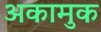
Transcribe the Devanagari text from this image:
अकामुक